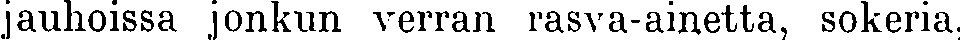
jauhoissa jonkun verran rasva-ainetta, sokeria,